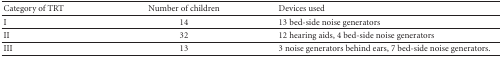
<table><thead><tr><td><b>Category of TRT</b></td><td><b>Number of children</b></td><td><b>Devices used</b></td></tr></thead><tbody><tr><td>I</td><td>14</td><td>13 bed-side noise generators </td></tr><tr><td>II</td><td>32</td><td>12 hearing aids, 4 bed-side noise generators </td></tr><tr><td>III</td><td>13</td><td>3 noise generators behind ears, 7 bed-side noise generators.</td></tr></tbody></table>